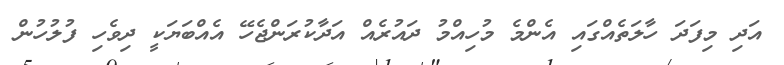
އަދި މިފަދަ ހާލަތެއްގައި އެންމެ މުހިއްމު ދައުރެއް އަދާކުރަންޖެހޭ އެއްބަޔަކީ ދިވެހި ފުލުހުން